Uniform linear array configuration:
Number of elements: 4
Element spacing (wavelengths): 0.75
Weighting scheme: hamming
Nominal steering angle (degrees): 60
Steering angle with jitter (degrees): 61.723
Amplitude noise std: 0.05
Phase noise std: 0.05

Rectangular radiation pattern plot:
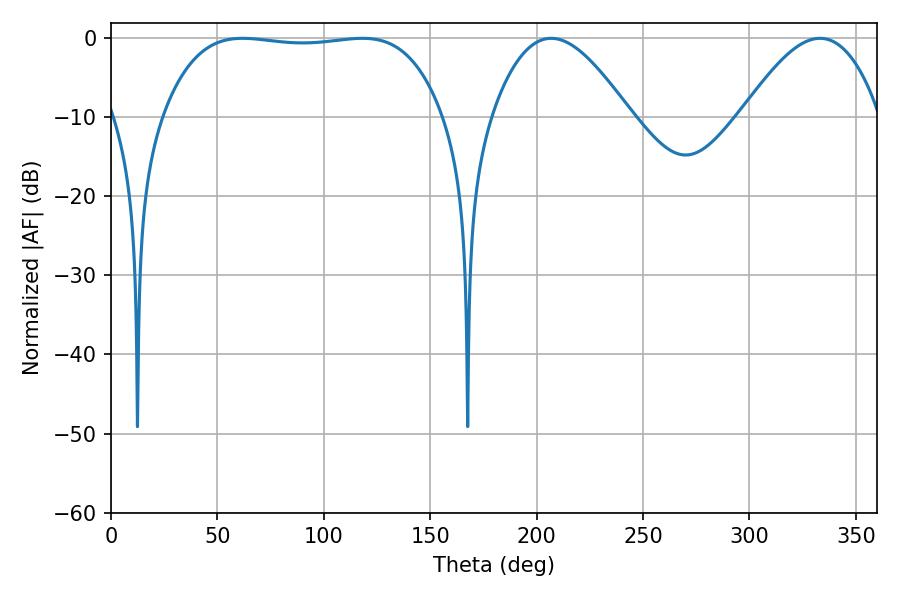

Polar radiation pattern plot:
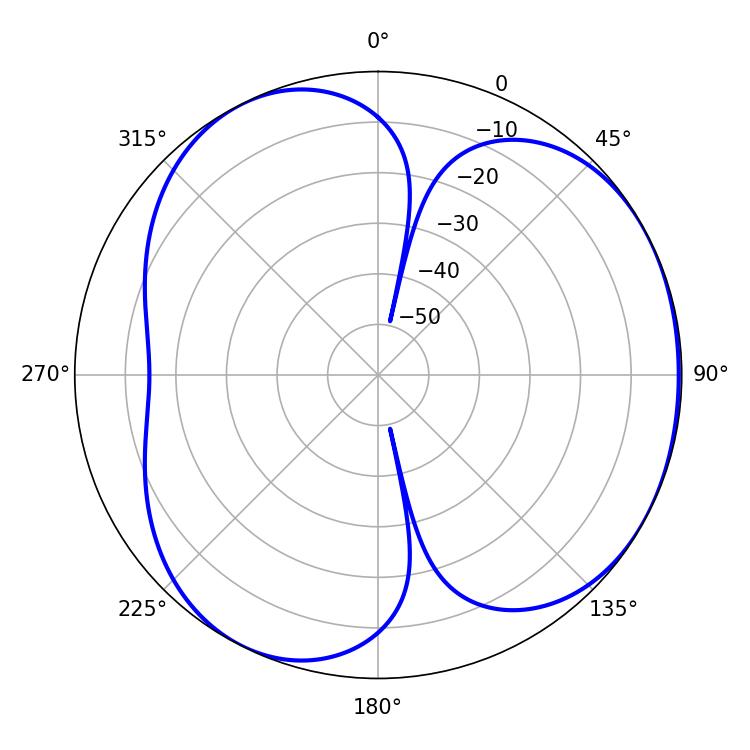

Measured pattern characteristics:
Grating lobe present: TRUE
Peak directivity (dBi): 3.838
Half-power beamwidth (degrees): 35.1
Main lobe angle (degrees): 333.18